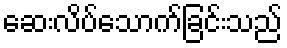
ဆေးလိပ်သောက်ခြင်းသည်